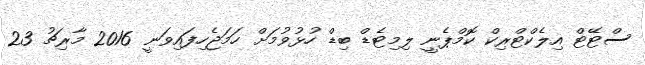
ސްޓޭޓް އިލެކްޓްރިކް ކޮމްޕެނީ ލިމިޓެޑް ބިޑް ހުޅުވުމަށް ހަމަޖެހިފައިވަނީ 2016 މާރިޗު 23